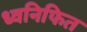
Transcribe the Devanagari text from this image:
ध्वनिफित